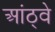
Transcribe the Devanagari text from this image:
आंठ्वे